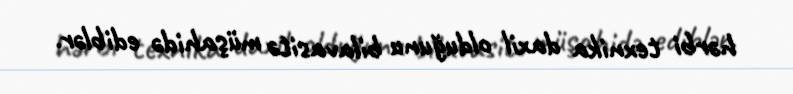
hərbi texnika daxil olduğunu bilavasitə müşahidə ediblər.